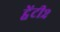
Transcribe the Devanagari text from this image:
ट्वेंटी२